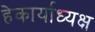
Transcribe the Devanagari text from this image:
हेकार्याध्यक्ष